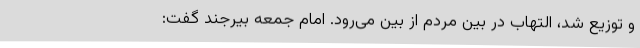
و توزیع شد، التهاب در بین مردم از بین می‌رود. امام جمعه بیرجند گفت: